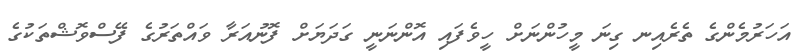
އަހަރުމެންގެ ތެރެއިނ ގިނަ މީހުންނަށް ހީވެފައި އޮންނަނީ ގަދަޔަށް ފޮނުއަރާ ވައްތަރުގެ ފޭސްވޮޝްތަކުގެ